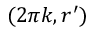
( 2 \pi k , r ^ { \prime } )